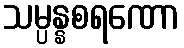
သမ္ပန္နစရဏော